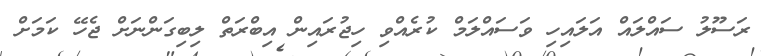
ރަސޫލު ސައްލައް އަލައިހި ވަސައްލަމް ކުރެއްވި ހިޖުރައިން އިބްރަތް ލިބިގަންނަށް ޖެހޭ ކަމަށް